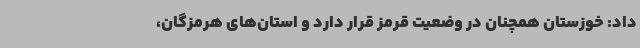
داد: خوزستان همچنان در وضعیت قرمز قرار دارد و استان‌های هرمزگان،